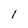
Character: 1